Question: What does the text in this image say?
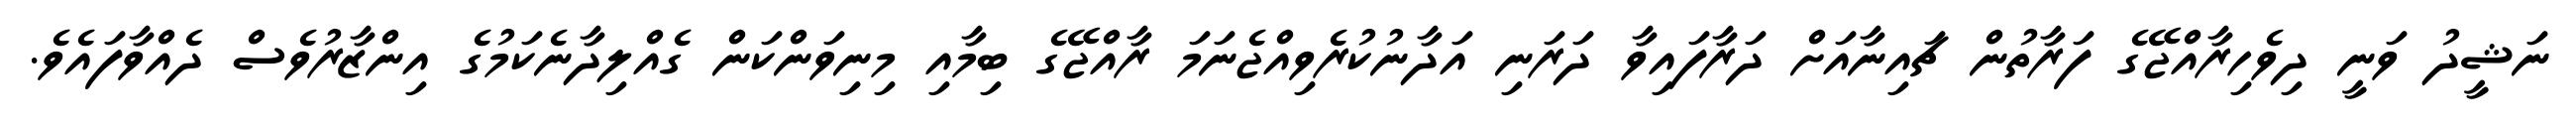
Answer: ނަޝީދު ވަނީ ދިވެހިރާއްޖޭގެ ފަރާތުން ޗައިނާއަށް ދަރާފައިވާ ދަރަނި އަދާނުކުރެވިއްޖެނަމަ ރާއްޖޭގެ ބިމާއި މިނިވަންކަން ގެއްލިދާނެކަމުގެ އިންޒާރުވެސް ދެއްވާފައެވެ.